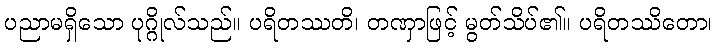
ပညာမရှိသော ပုဂ္ဂိုလ်သည်။ ပရိတဿတိ၊ တဏှာဖြင့် မွတ်သိပ်၏။ ပရိတဿိတော၊